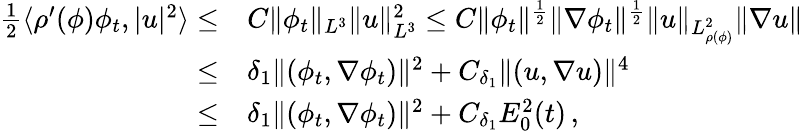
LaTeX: \begin{array}{rl}{\frac{1}{2}\langle\rho^{\prime}(\phi)\phi_{t},|u|^{2}\rangle\leq}&{C\| \phi_{t}\| _{L^{3}}\| u\| _{L^{3}}^{2}\leq C\| \phi_{t}\| ^{\frac{1}{2}}\| \nabla\phi_{t}\| ^{\frac{1}{2}}\| u\| _{L_{\rho(\phi)}^{2}}\| \nabla u\| }\\ {\leq}&{\delta_{1}\| (\phi_{t},\nabla\phi_{t})\| ^{2}+C_{\delta_{1}}\| (u,\nabla u)\| ^{4}}\\ {\leq}&{\delta_{1}\| (\phi_{t},\nabla\phi_{t})\| ^{2}+C_{\delta_{1}}E_{0}^{2}(t)\, ,}\end{array}